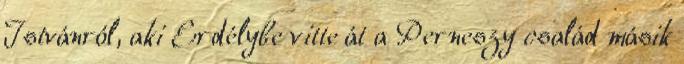
Istvánról, aki Erdélybe vitte át a Perneszy család másik